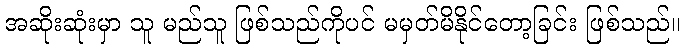
အဆိုးဆုံးမှာ သူ မည်သူ ဖြစ်သည်ကိုပင် မမှတ်မိနိုင်တော့ခြင်း ဖြစ်သည်။